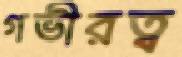
গভীরত্ব